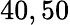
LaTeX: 40,50